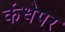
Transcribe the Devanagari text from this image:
कंधेपर